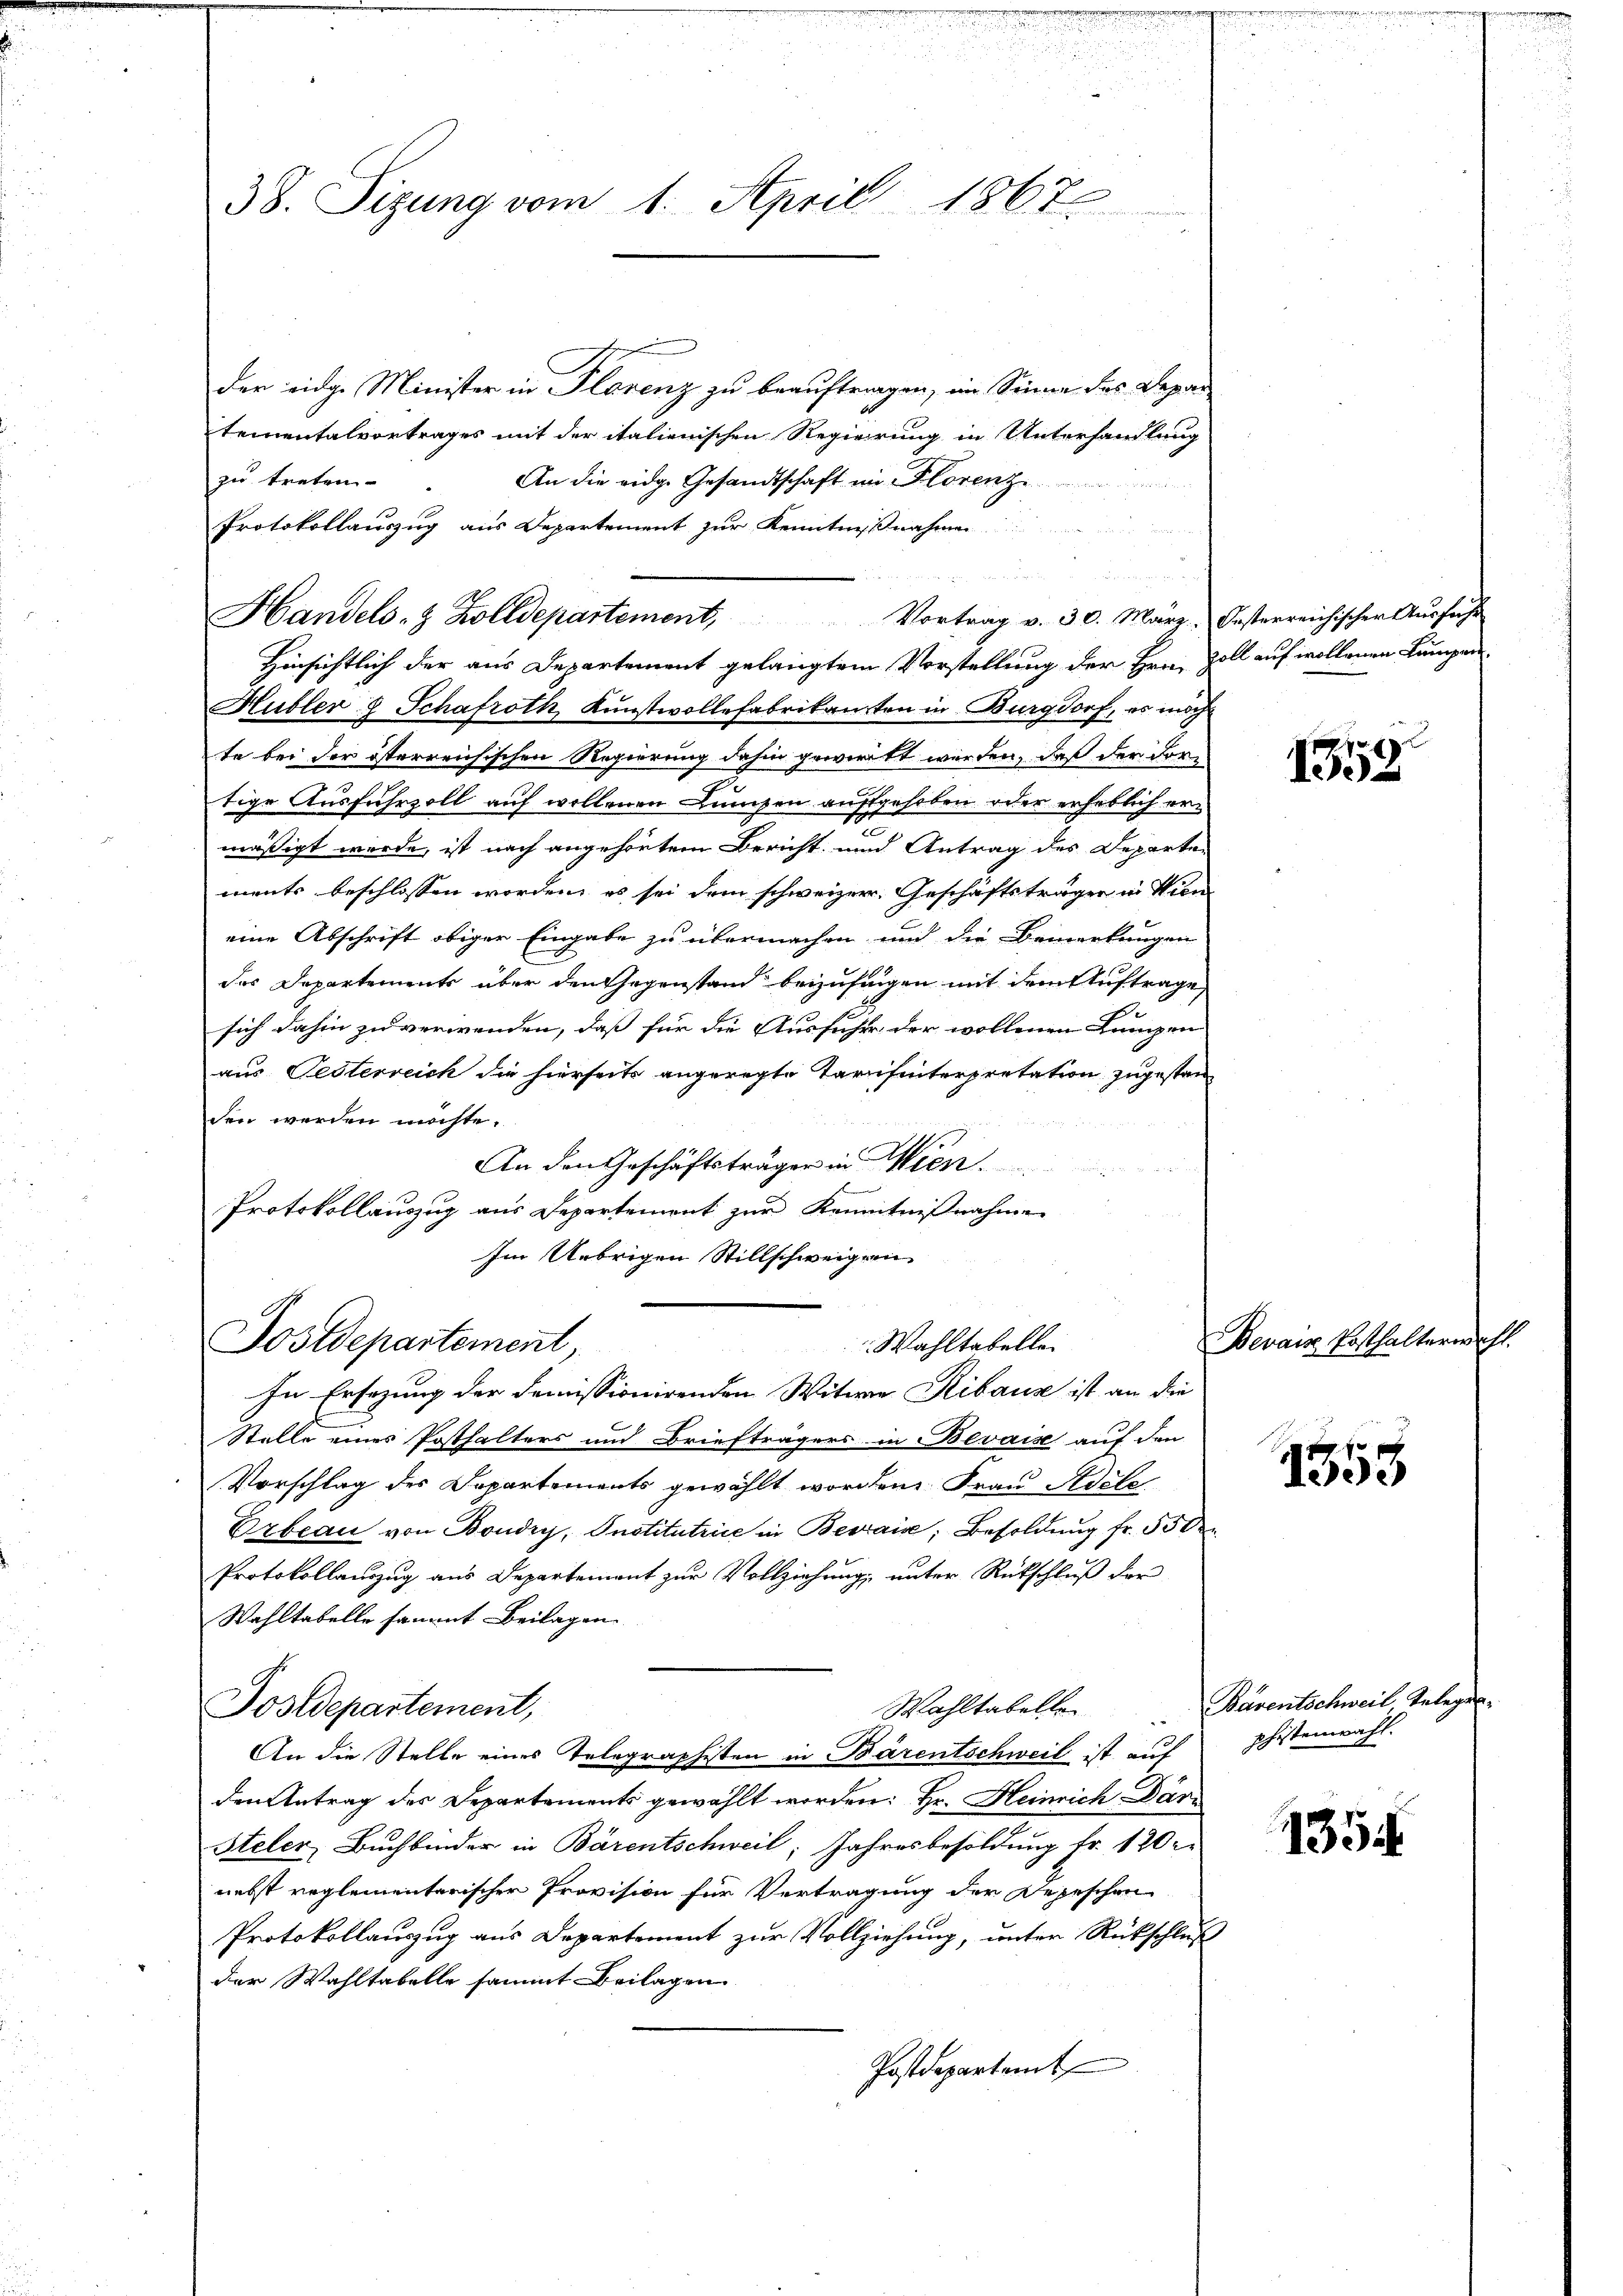
38. Sizung vom 1. April 1867

der eidg. Minister in Plavenz zu beauftragen, im Sinne des Depar
tementalvortrages mit der italienischen Regierung in Unterhandlung
zu treten
An die eidg. Gesandtschaft im Florenz
Protokollauszug aus Departement zur Kenntnißnahmen

Handels- & Zolldepartement, Vortrag v. 30. März besterreichischer Aŭsführ
Hinsichtlich der aus Departement gelangtem Vorstellung der Hrn. Soll auf wollenen Lampen¬

Hubler & Schafroth Kunstwollefabrikanten in Burgdorf, es möcht
te bei der österreichischen Regierung dahin gewirkt werden, daß der dortige Ausfuhrzoll auf wollenen Lumpen aufgehoben oder erheblich ers
mäßigt werde, ist nach angehörtem Bericht und Antrag des Departen
ments beschlossen worden, es sei dem schweizer. Geschäftsträger in Wien
eine Abschrift obiger Eingabe zu übermachen und die Bemerkungen
des Departements über den Gegenstand beizufingen mit dem Auftrage,
sich dahin zu verwenden, daß für die Ausfüher der wollenen Lungen
aus Jesterreich die hierseits angeregte Tarifinterpretation zugestan
den werden möchte.
An den Geschäftsträgen in Wien.
f
Protokollauszug aus Departement zur Kenntnißnahmen
Im Uebrigen Stillschweigen

Postdepartement,
Wahltabellei

In Ersezung der domissionirenden Witwe Ribaus ist an die
Stelle eines Posthalters und Briefträgers in Bevais auf den
Vorschlag des Departements gewählt worden Frau Adele
Orbeau von Boudry, Onotitutrice in Berais; Besoldung fr. 53 de
Protokollauszug aus Departement zur Vollziehung unter Rutschluß der
Wahltabelle sammt Beilagen
Postdepartement,
An die Stelle eines Telegraphisten in Bärentschweil ist auf
den Antrag des Departements gewählt worden: Hr. Heinrich Dari
Steler, Buchbinder in Bärentschweil; Jahresbesoldung fr. 120 r
nebst reglementarischer Provision für Vertragung der Depeschen
Protokollauszug aus Departement zur Vollziehung, unter Rückschluß
der Wahltabelle sammt Beilagen
Postdepartemt

1358

Bevaiz Posthalterwahl.

1358

Wahltabelle Bärentschweil Teleger-
phistenwahl.

1354.